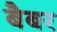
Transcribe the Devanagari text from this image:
बैबर